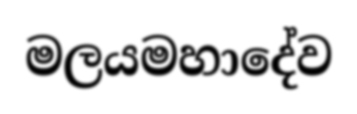
මලයමහාදේව